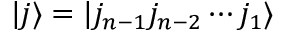
| j \rangle = | j _ { n - 1 } j _ { n - 2 } \cdots j _ { 1 } \rangle